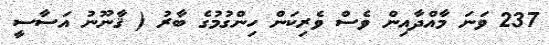
237 ވަނަ މާއްދާއިން ވެސް ވެރިކަން ހިންގުމުގެ ބާރު ( ޤާނޫނު އަސާސީ